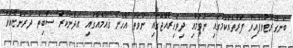
ބަނގުރޫޓުވެފައިވާ ފަރާތެއްކަމުގައި ނުވުމާއި ދިވެހިރާއްޖޭގައި ނުވަތަ އެހެން ޤައުމެއްގައި އަދާނުކުރާ ސާބިތު ދަރަންޏެއްވާ